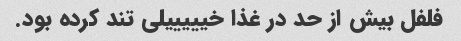
فلفل بیش از حد در غذا خیییییلی تند کرده بود.